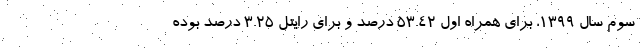
سوم سال ۱۳۹۹، برای همراه اول ۵۳.۴۲ درصد و برای رایتل ۳.۲۵ درصد بوده